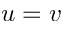
u = v